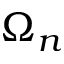
\Omega _ { n }